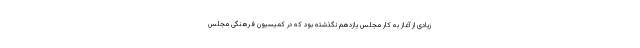
زیادی از آغاز به کار مجلس یازدهم نگذشته بود که در کمیسیون فرهنگی مجلس